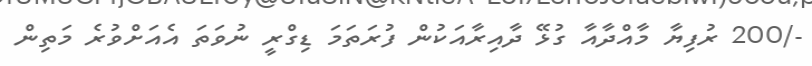
-/200 ރުފިޔާ މާއްދާއާ ގުޅޭ ދާއިރާއަކުން ފުރަތަމަ ޑިގްރީ ނުވަތަ އެއަށްވުރެ މަތިން